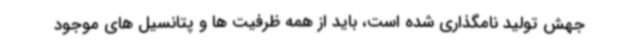
جهش تولید نامگذاری شده است، باید از همه ظرفیت ها و پتانسیل های موجود